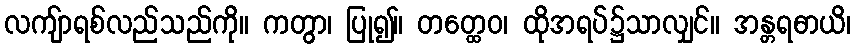
လကျ်ာရစ်လည်သည်ကို။ ကတွာ၊ ပြု၍။ တတ္ထေဝ၊ ထိုအရပ်၌သာလျှင်။ အန္တရဓာယိ၊